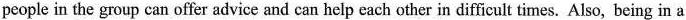
people in the group can offer advice and can help each other in difficult times. Also, being in a